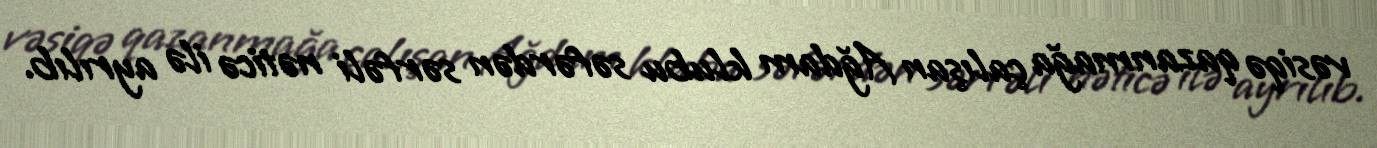
vəsiqə qazanmağa çalışan Ağdam klubu səfərdən sərfəli nəticə ilə ayrılıb.